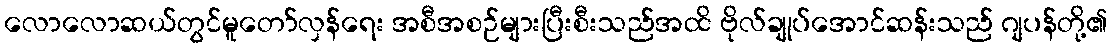
လောလောဆယ်တွင်မူတော်လှန်ရေး အစီအစဉ်များပြီးစီးသည်အထိ ဗိုလ်ချုပ်အောင်ဆန်းသည် ဂျပန်တို့၏